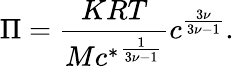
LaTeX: \Pi=\frac{KRT}{M{c^{*}}^{\frac{1}{3\nu-1}}}c^{\frac{3\nu}{3\nu-1}}.